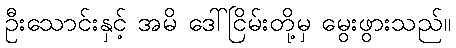
ဦးသောင်းနှင့် အမိ ဒေါ်ငြိမ်းတို့မှ မွေးဖွားသည်။